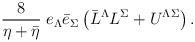
LaTeX: \begin{align*}\frac{8}{\eta + \bar \eta} \; e_{\Lambda} \bar{e}_{\Sigma}\left(\bar L^\Lambda L^\Sigma + U^{\Lambda \Sigma}\right). \end{align*}